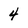
Character: 4